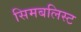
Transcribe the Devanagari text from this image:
सिमबलिस्ट